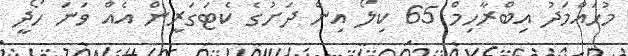
މުހައްމަދު އިބްރާހިމް 65 ކިލޯ އިން ދަށުގެ ކެޓަގަރީން އެއް ވަނަ ހޯދީ